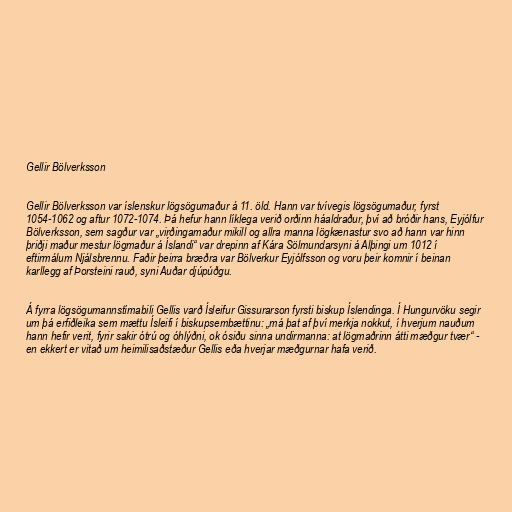
Gellir Bölverksson

Gellir Bölverksson var íslenskur lögsögumaður á 11. öld. Hann var tvívegis lögsögumaður, fyrst
1054-1062 og aftur 1072-1074. Þá hefur hann líklega verið orðinn háaldraður, því að bróðir hans, Eyjólfur
Bölverksson, sem sagður var „virðingamaður mikill og allra manna lögkænastur svo að hann var hinn
þriðji maður mestur lögmaður á Íslandi“ var drepinn af Kára Sölmundarsyni á Alþingi um 1012 í
eftirmálum Njálsbrennu. Faðir þeirra bræðra var Bölverkur Eyjólfsson og voru þeir komnir í beinan
karllegg af Þorsteini rauð, syni Auðar djúpúðgu.

Á fyrra lögsögumannstímabili Gellis varð Ísleifur Gissurarson fyrsti biskup Íslendinga. Í Hungurvöku segir
um þá erfiðleika sem mættu Ísleifi í biskupsembættinu: „má þat af því merkja nokkut, í hverjum nauðum
hann hefir verit, fyrir sakir ótrú og óhlýðni, ok ósiðu sinna undirmanna: at lögmaðrinn átti mæðgur tvær“ -
en ekkert er vitað um heimilisaðstæður Gellis eða hverjar mæðgurnar hafa verið.